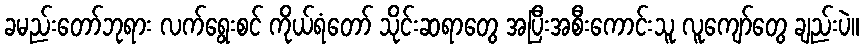
ခမည်းတော်ဘုရား လက်ရွေးစင် ကိုယ်ရံတော် သိုင်းဆရာတွေ အပြီးအစီးကောင်းသူ လူကျော်တွေ ချည်းပဲ။